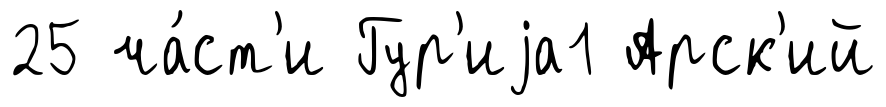
25 ча́ст'и Гур'иjа1 Арск'ий